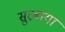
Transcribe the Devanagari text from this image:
सुरबाया